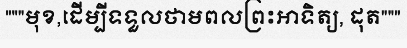
"""មុខ,ដើម្បីទទួលថាមពលព្រះអាទិត្យ, ដុត"""